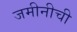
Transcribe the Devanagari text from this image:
जमीनीची